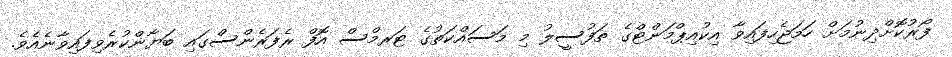
ފޯރުކޮށްދިނުމަށް ހަމަޖެހިފައިވާ އިކުއިޕްމަންޓްގެ ތަފުސީލު މި މަސައްކަތުގެ ޓަރމްސް އޮފް ރެފަރެންސްގައި ބަޔާންކުރެވިފައިވާނެއެވެ.